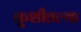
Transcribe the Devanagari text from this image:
कुशीतल्या